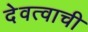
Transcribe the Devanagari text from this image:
देवत्वाची